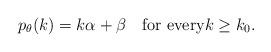
LaTeX: \begin{align*} p_\theta(k)=k\alpha+\beta\quad\textrm{for every}k\ge k_0. \end{align*}